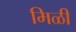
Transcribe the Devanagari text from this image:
मिळी